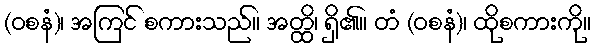
(ဝစနံ)၊ အကြင် စကားသည်။ အတ္ထိ၊ ရှိ၏။ တံ (ဝစနံ)၊ ထိုစကားကို။